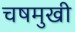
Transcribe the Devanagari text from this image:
चषमुखी